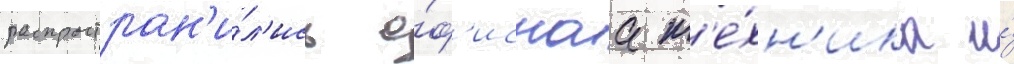
распростран'и́л'ись о́ф'иснаа т'е́хн'ика и́